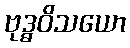
ဗုဒ္ဓဝိသယော